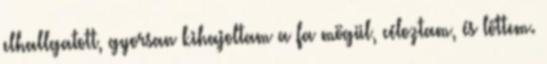
elhallgatott, gyorsan kihajoltam a fa mögül, céloztam, és lőttem.